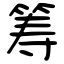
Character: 筹